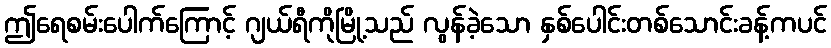
ဤရေစမ်းပေါက်ကြောင့် ဂျယ်ရီကိုမြို့သည် လွန်ခဲ့သော နှစ်ပေါင်းတစ်သောင်းခန့်ကပင်